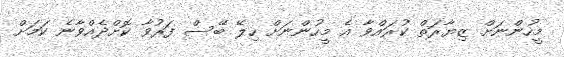
މީހުންނަށް ޒިޔާރަތް ކުރައްވާ އެ މީހުންނަށް ހިލޭ ބޭސް ފަރުވާ ކޮށްދެއްވާނެ ކަމަށް